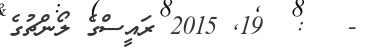
-   :  19